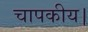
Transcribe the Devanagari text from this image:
चापकीय।